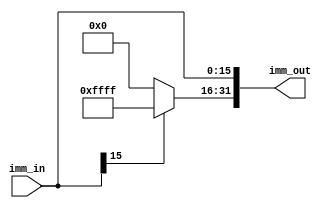
`timescale 1ns / 1ps

module Ext(
    input [15:0] imm_in,
    output [31:0] imm_out
);

assign imm_out[15:0] = imm_in;
assign imm_out[31:16] = imm_in[15]? 16'hffff: 16'h0000;

endmodule